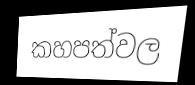
කහපත්වල